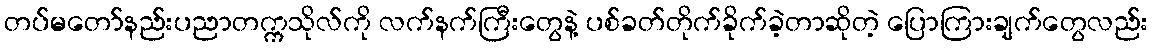
တပ်မတော်နည်းပညာတက္ကသိုလ်ကို လက်နက်ကြီးတွေနဲ့ ပစ်ခတ်တိုက်ခိုက်ခဲ့တာဆိုတဲ့ ပြောကြားချက်တွေလည်း